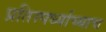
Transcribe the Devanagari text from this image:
प्रतिस्पर्ध्याच्याच